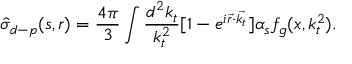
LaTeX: \hat { \sigma } _ { d - p } ( s , r ) = \frac { 4 \pi } { 3 } \int \frac { d ^ { 2 } k _ { t } } { k _ { t } ^ { 2 } } [ 1 - e ^ { i \vec { r } \cdot \vec { k _ { t } } } ] \alpha _ { s } f _ { g } ( x , k _ { t } ^ { 2 } ) .